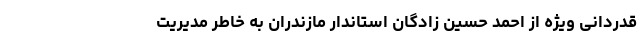
قدردانی ویژه از احمد حسین زادگان استاندار مازندران به خاطر مدیریت